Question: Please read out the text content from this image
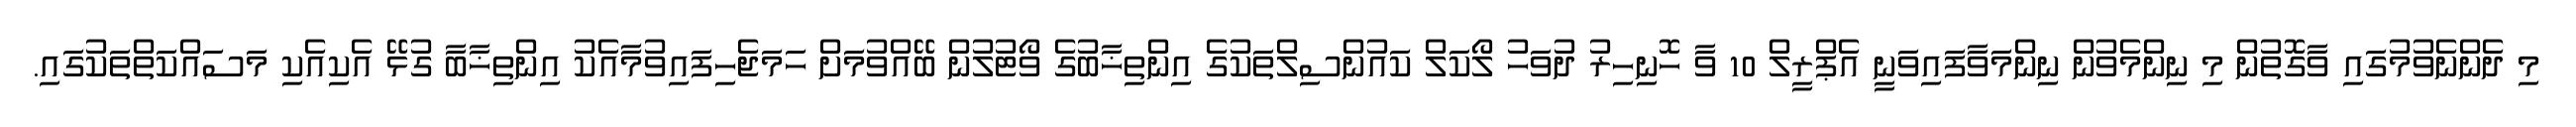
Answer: މި ދެންނެވުމުގައި ވާގޮތުން މި ނިންމެވުން ނިންމަވާފައިވަނީ އެޕްރީލް 10 ވާ ހޮނިހިރު ދުވަހު ލޯކަލް ކައުންސިލްތަކުގެ އިންތިޚާބުގެ ވޯޓުލުން ބޭއްވުމަށް ހަމަޖެހިފައިވުމާއެކު އިންތިޚާބާ ގުޅޭ އެކިއެކި މަސައްކަތްތަކުގައި.